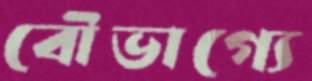
বৌভাগ্যে